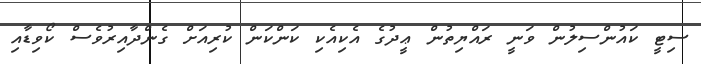
ސިޓީ ކައުންސިލުން ވަނީ ރައްޔިތުން ޢީދުގެ އެކިއެކި ކަންކަން ކުރިއަށް ގެންދާއިރުވެސް ކޯވިޑާއި